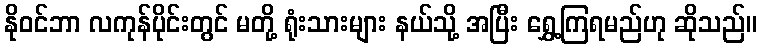
နိုဝင်ဘာ လကုန်ပိုင်းတွင် မတို့ ရုံးသားများ နယ်သို့ အပြီး ရွှေ့ကြရမည်ဟု ဆိုသည်။